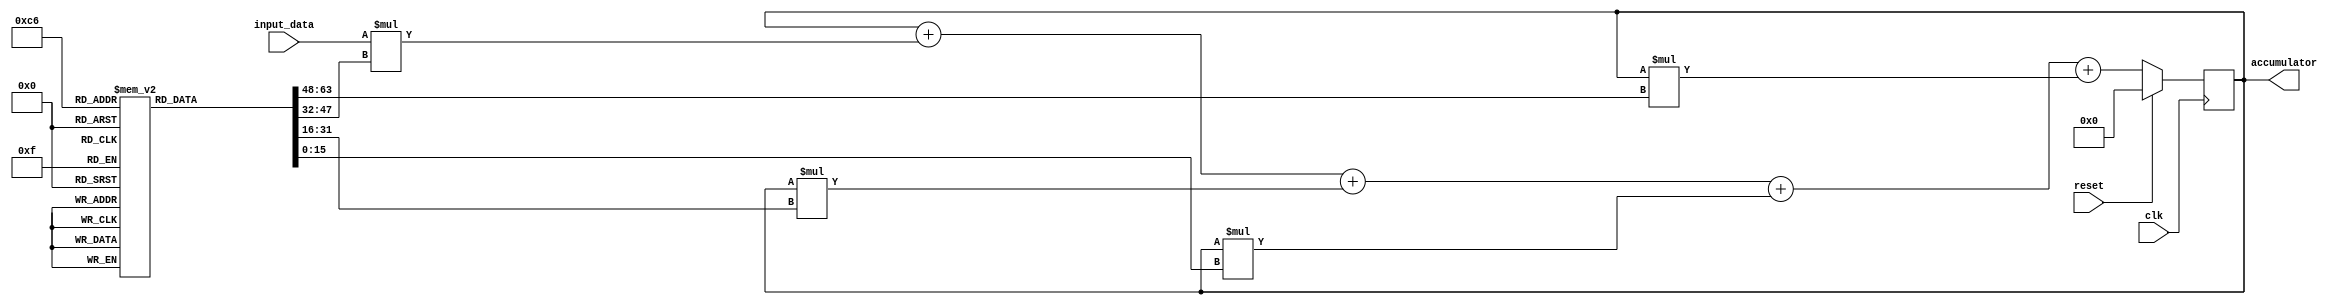
module IIR_filter_accumulator (
  input wire clk,
  input wire reset,
  input wire [7:0] input_data,
  output reg [15:0] accumulator
);

reg [15:0] filter_coefficients [3:0]; // Assume filter coefficients are given

always @(posedge clk) begin
  if (reset) begin
    accumulator <= 0;
  end else begin
    accumulator <= accumulator + (input_data * filter_coefficients[0]) + (accumulator * filter_coefficients[1]) + (accumulator * filter_coefficients[2]) + (accumulator * filter_coefficients[3]);
  end
end

endmodule